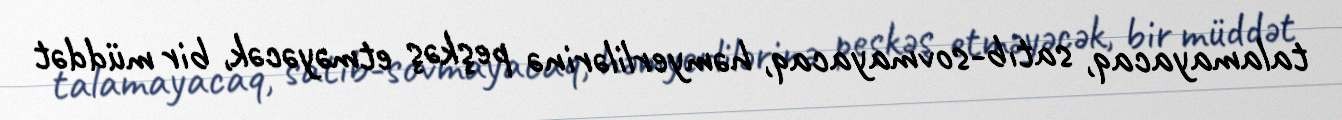
talamayacaq, satıb-sovmayacaq, həmyerlilərinə peşkəş etməyəcək, bir müddət